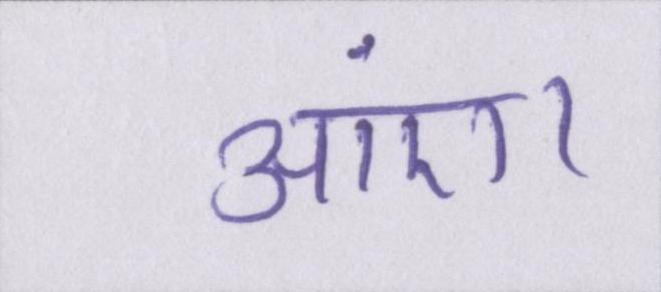
आएं।